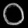
Digit: ၀